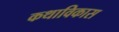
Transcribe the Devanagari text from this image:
कथाविकास